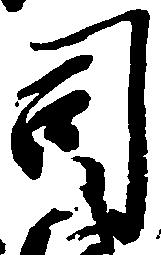
司